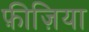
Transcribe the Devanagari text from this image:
फ़ीज़िया